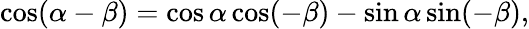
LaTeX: \cos(\alpha-\beta)=\cos\alpha\cos(-\beta)-\sin\alpha\sin(-\beta),